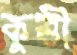
কুত্তী